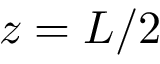
z = L / 2